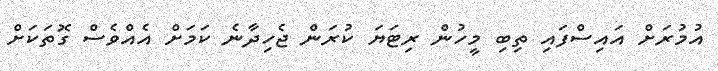
އުމުރަށް އައިސްފައި ތިބި މީހުން ރިޓަޔަ ކުރަން ޖެހިދާނެ ކަމަށް އެއްވެސް ގޮތަކަށް